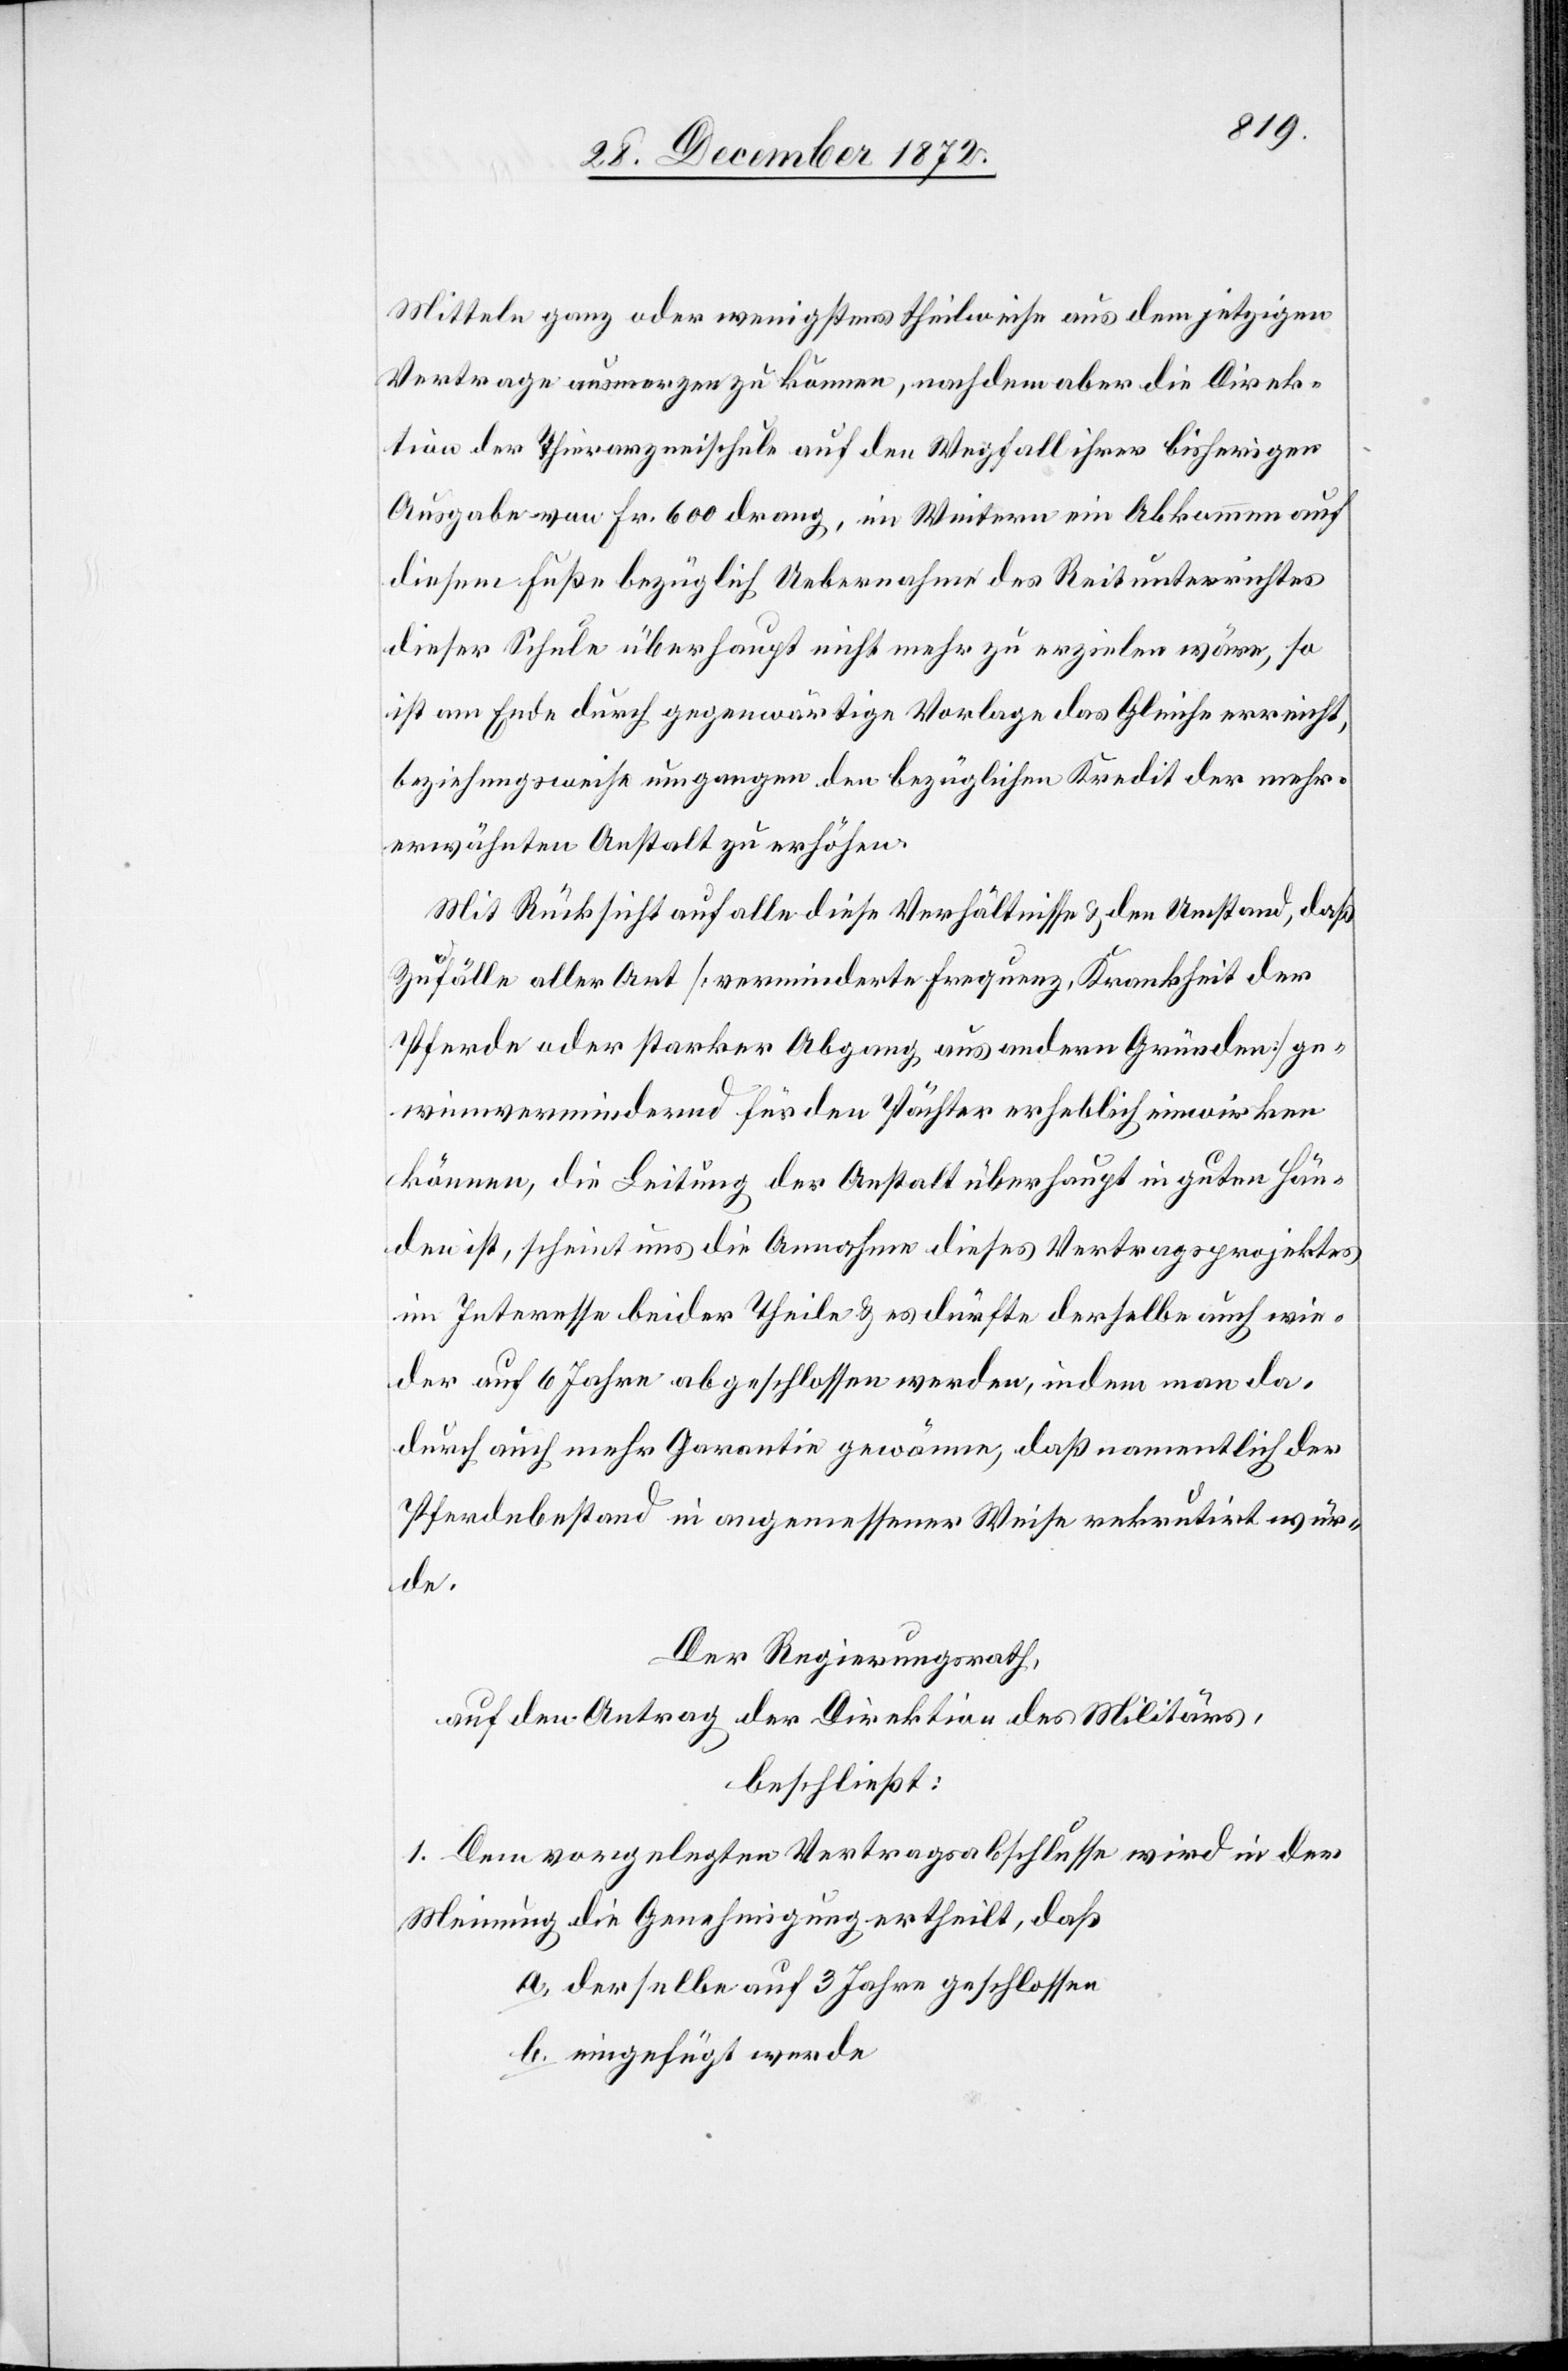
Mitteln ganz oder wenigstens theilweise aus dem jetzigen
Vertrage ausmerzen zu können, nachdem aber die Direk¬
tion der Thierarzneischule auf den Wegfall ihrer bisherigen
Ausgabe von Fr. 600 drang, im Weitern ein Abkommen auf
diesem Fuße bezüglich Uebernahme des Reitunterrichtes
dieser Schule überhaupt nicht mehr zu erzielen wäre, so
ist am Ende durch gegenwärtige Vorlage das Gleiche erreicht,
beziehungsweise umgangen den bezüglichen Kredit der mehr¬
erwähnten Anstalt zu erhöhen.
Mit Rücksicht auf alle diese Verhältnisse u. den Umstand, daß
Zufälle aller Art [verminderte Frequenz, Krankheit der
Pferde oder starker Abgang aus andern Gründen] ge¬
winnvermindernd für den Pächter erheblich einwirken
können, die Leitung der Anstalt überhaupt in guten Hän¬
den ist, scheint uns die Annahme dieses Vertragsprojektes
im Interesse beider Theile u. es dürfte derselbe auch wie¬
der auf 6 Jahre abgeschlossen werden, indem man da¬
durch auch mehr Garantie gewänne, daß namentlich der
Pferdebestand in angemessener Weise rekrutirt wür¬
de.
Der Regierungsrath,
auf den Antrag der Direktion des Militärs,
beschließt:
1. Dem vorgelegten Vertragsabschlusse wird in der
Meinung die Genehmigung erhteilt, daß
a. derselbe auf 3 Jahre geschlossen
b. eingefügt werde